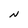
Character: N